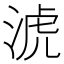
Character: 淲